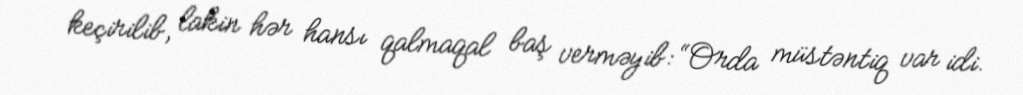
keçirilib, lakin hər hansı qalmaqal baş verməyib: “Orda müstəntiq var idi.